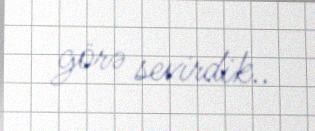
görə sevirdik..